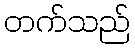
တက်သည်